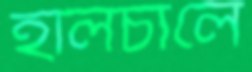
হালচালে